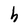
Character: h